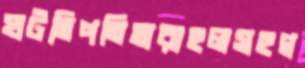
ঘটতিপতিতারাহলসহগ